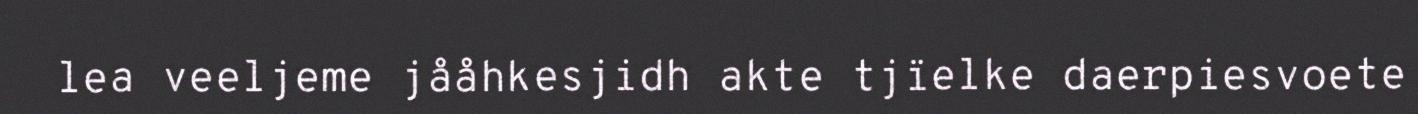
lea veeljeme jååhkesjidh akte tjïelke daerpiesvoete